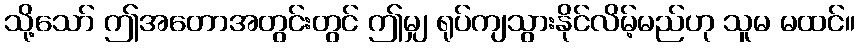
သို့သော် ဤအတောအတွင်းတွင် ဤမျှ ရုပ်ကျသွားနိုင်လိမ့်မည်ဟု သူမ မထင်။